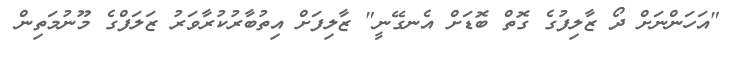
"އަހަންނަށް ދޯ ޒާލިފުގެ ގޮތް ބޮޑަށް އެނގޭނީ" ޒާލިފަށް އިތުބާރުކުރާވަރު ޒަލަފްގެ މޫނުމަތިން